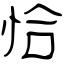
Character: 恰